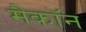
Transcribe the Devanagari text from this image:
मैकॉन